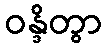
ဝန္ဒိတွာ